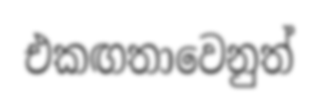
එකඟතාවෙනුත්